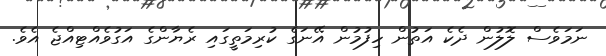
ނަމަވެސް ލޮލުން ދެކެ އަތުން ހިފުމުން އޭނަގެ ކުރިމަތީގައި ރެޔާންގެ އަގުވެއްޓިއްޖެ އެވެ.